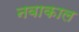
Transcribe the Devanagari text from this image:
नवाकाल